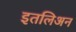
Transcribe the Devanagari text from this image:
इतलिअन